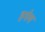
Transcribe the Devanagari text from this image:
हपेय